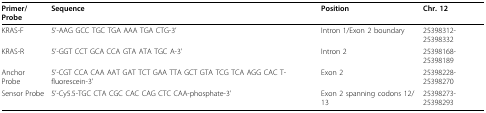
| Primer/Probe | Sequence | Position | Chr. 12 |
 | --- | --- | --- | --- |
 | KRAS-F | 5'-AAG GCC TGC TGA AAA TGA CTG-3' | Intron 1/Exon 2 boundary | 25398312-25398332 |
 | KRAS-R | 5'-GGT CCT GCA CCA GTA ATA TGC A-3' | Intron 2 | 25398168-25398189 |
 | Anchor Probe | 5'-CGT CCA CAA AAT GAT TCT GAA TTA GCT GTA TCG TCA AGG CAC T-fluorescein-3' | Exon 2 | 25398228-25398270 |
 | Sensor Probe | 5'-Cy5.5-TGC CTA CGC CAC CAG CTC CAA-phosphate-3' | Exon 2 spanning codons 12/13 | 25398273-25398293 |